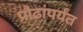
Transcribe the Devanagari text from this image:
प्रौढांपर्यंत